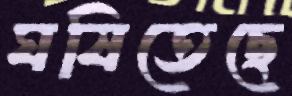
ঘষিতেছে